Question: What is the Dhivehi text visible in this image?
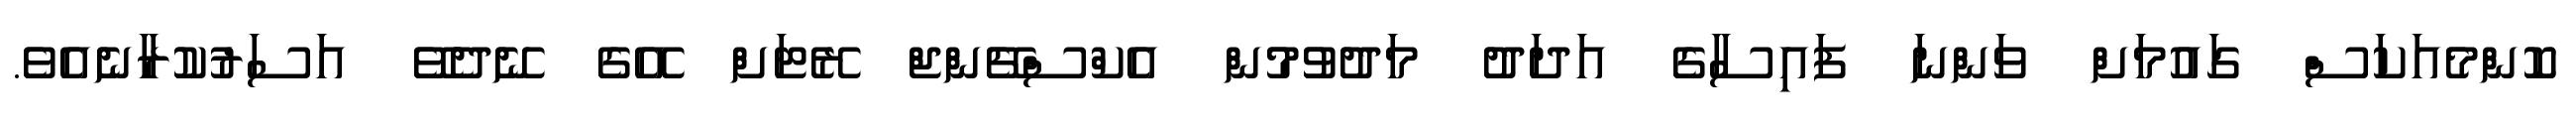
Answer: ކޮންމެއަކަސް ގައުމަށް ވަންނަ ފައިސާގެ އަދަދު މަދުވުމުން އެކްސްޗޭންޖް ރޭޓަށް އޭގެ ނޭދެވޭ އަސަރުކުރާނެއެވެ.